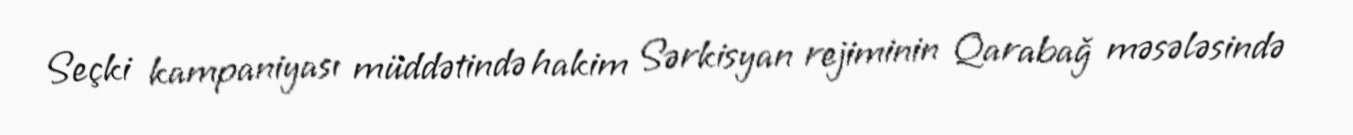
Seçki kampaniyası müddətində hakim Sərkisyan rejiminin Qarabağ məsələsində